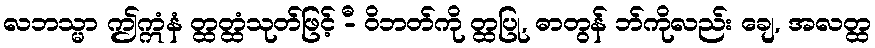
လဘသ္မာ ဤဣံနံ တ္ထတ္ထံသုတ်ဖြင့် -ီ ဝိဘတ်ကို တ္ထပြု, ဓာတွန် ဘ်ကိုလည်း ချေ, အလတ္ထ